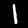
Label: 1